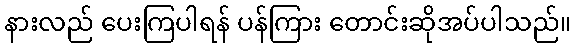
နားလည် ပေးကြပါရန် ပန်ကြား တောင်းဆိုအပ်ပါသည်။